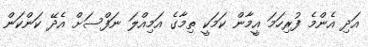
އަދި އެންމެ ފުރިހަމަ އީމާން ކަމަކީ ތިމާގެ އަމިއްލަ ނަފްސަށް އެދޭ ކަންކަން